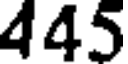
445